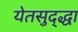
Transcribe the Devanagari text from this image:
येतसुद्द्धा